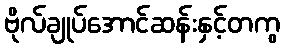
ဗိုလ်ချုပ်အောင်ဆန်းနှင့်တကွ